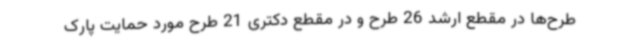
طرح‌ها در مقطع ارشد 26 طرح و در مقطع دکتری 21 طرح مورد حمایت پارک